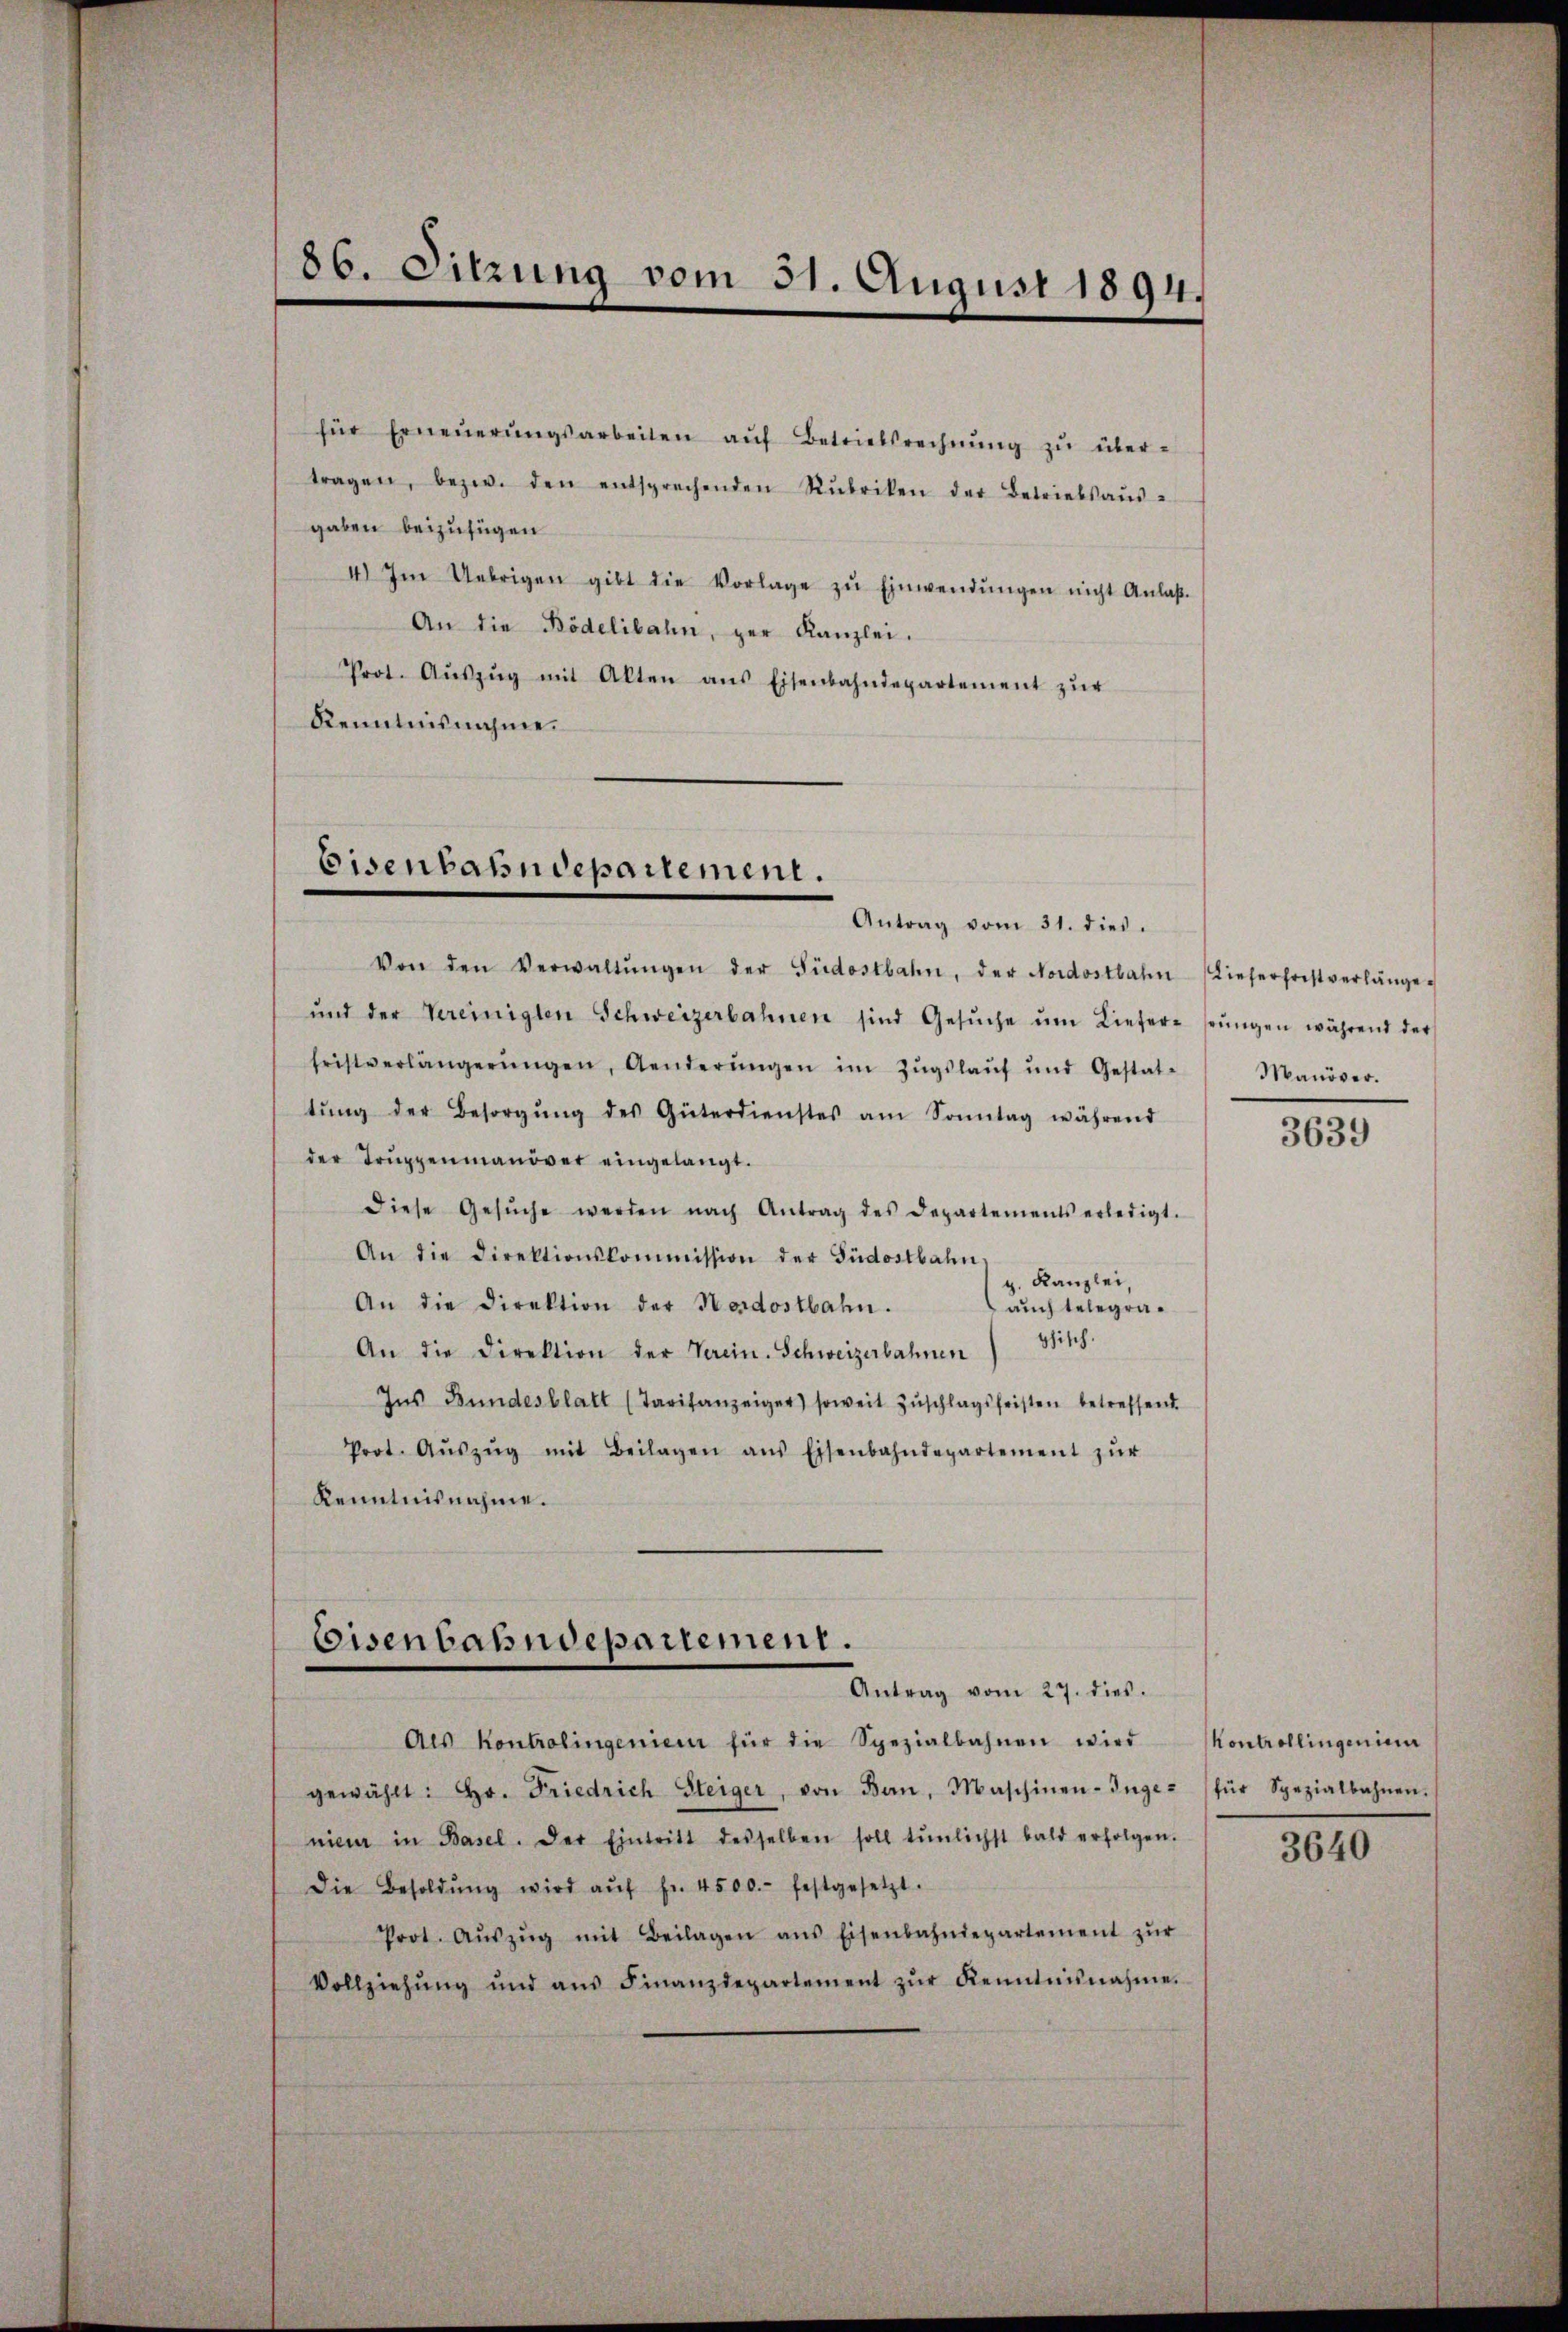
86. Sitzung vom 31. August 1894.

für Erneŭerŭngsarbeiten aŭf Betriebsrechnŭng zŭ über-
tragen, bezw. den entsprechenden Rubriken der Betriebsaŭs-
gaben beizufügen
4) Im Uebrigen gibt die Vorlage zŭ Einwendŭngen nicht Anlaß
An die Bödelibahn, der Kanzlei.
Prot. Aŭszŭg mit Alten ans Eisenbahndepartement zŭr
Kenntnisnahme.

Eisenbahndepartement.

Antrag vom 31. dies.
Von den Verwaltŭngen der Südostbahn, der Nordostbahn (Lieferfristverlänge
ŭnd der Vereinigten Schweizerbahnen sind Gesŭche ŭm Liefere seŭngen während der
fristverlängerŭngen, Aenderŭngen im Zugslauf und Gestat-
tŭng der Besorgŭng des Güterdienstes am Sonntag während
der Truppenmanöver eingelangt.
diese Gesŭche werden nach Antrag des Departements erledigt.
An die Direktionskommission der Südostbahn,
g. Kanzlei,
An die Direktion der Nordostbahn.
auch telegraphisch.
An die Direktion der Verein. Schweizerbahnen
Ins Bundesblatt (Tarifanzeiger) soweit Zŭschlagsfeisten betreffend.
Prot. Aŭszŭg mit Beilagen ans Eisenbahndepartement zŭr
Kenntnisnahme.

Eisenbahndepartement.
Antrag vom 27. dies.

Als Kontrolingenien für die Spezialbahnen wird Montrollingenien
gewählt: Hr. Friedrich Steiger, von Bern, Maschinen-Inge- (für Spezialbahnen.
nieur in Basel. Der Eintritt desselben soll tŭnlichst bald erfolgen.
Die Besoldŭng wird aŭf fr. 4500. festgesetzt.
Prot. Aŭszŭg mit Beilagen ans Eisenbahndepartement zŭr
Vollziehŭng und aŭs Finanzdepartement zŭr Kenntnisnahme.

Manöver.

3639

3640